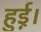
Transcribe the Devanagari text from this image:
हुई़़।